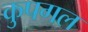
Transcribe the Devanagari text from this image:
कुपगल